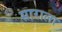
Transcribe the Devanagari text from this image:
साराला